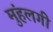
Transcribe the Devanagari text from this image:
मुंहलगी